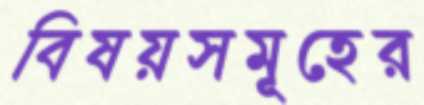
বিষয়সমূহের